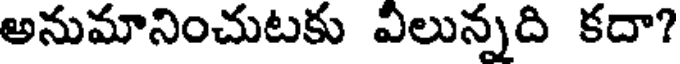
అనుమానించుటకు విలున్నది కదా?